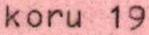
koru 19